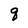
Character: q